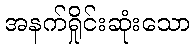
အနက်ရှိုင်းဆုံးသော